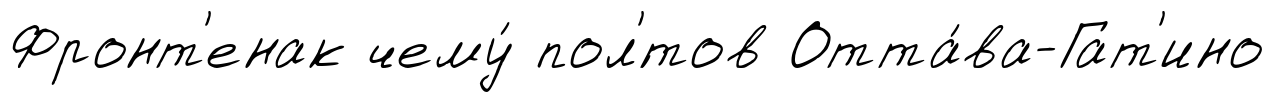
Фронт'енак чему́ пол'́тов Отта́ва-Гат'ино